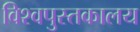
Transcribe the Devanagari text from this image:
विश्वपुस्तकालय